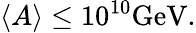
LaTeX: \langle A\rangle\leq 10^{10}\mathrm{GeV}.